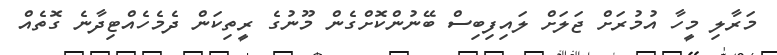
މަރާލި މީހާ އުމުރަށް ޖަލަށް ލައިފިބިސް ބޭނުންކޮށްގެން މޫނުގެ ރީތިކަން ދެމެހެއްޓިދާނެ ގޮތެއް